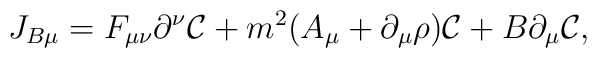
J_{B\mu}=F_{\mu\nu}\partial^\nu {\cal C} + m^2 (A_\mu + \partial_\mu \rho)         {\cal C} + B\partial_\mu{\cal C},